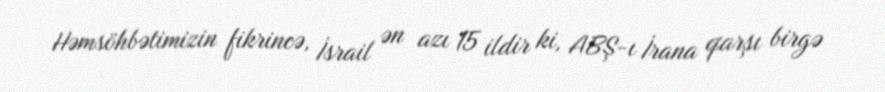
Həmsöhbətimizin fikrincə, İsrail ən azı 15 ildir ki, ABŞ-ı İrana qarşı birgə